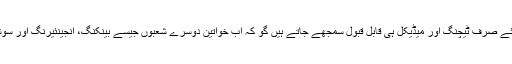
اس کی بنیادی وجہ سوسائٹی کی طرف سے خواتین کے لئے صرف ٹیچنگ اور میڈیکل ہی قابل قبول سمجھے جاتے ہیں گو کہ اب خواتین دوسرے شعبوں جیسے بینکنگ، انجینئیرنگ اور سوشل سیکٹر میں آ رہی ہیں لیکن ان کا تناسب انتہائی کم ہے۔